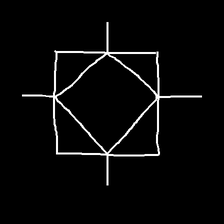
Glyph: light